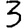
Digit: 3